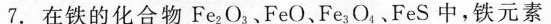
7.在铁的化合物 Fe_{2}O_{3}、FeO、Fe_{3}O_{4}、FeS 中,铁元素